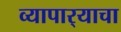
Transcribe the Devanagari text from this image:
व्यापार्‍याचा